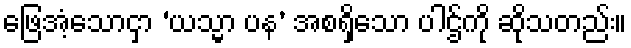
ဖြေအံ့သောငှာ ‘ယသ္မာ ပန’ အစရှိသော ပါဌ်ကို ဆိုသတည်း။